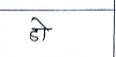
मजकूर: डो